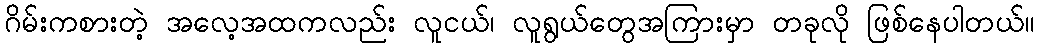
ဂိမ်းကစားတဲ့ အလေ့အထကလည်း လူငယ်၊ လူရွယ်တွေအကြားမှာ တခုလို ဖြစ်နေပါတယ်။